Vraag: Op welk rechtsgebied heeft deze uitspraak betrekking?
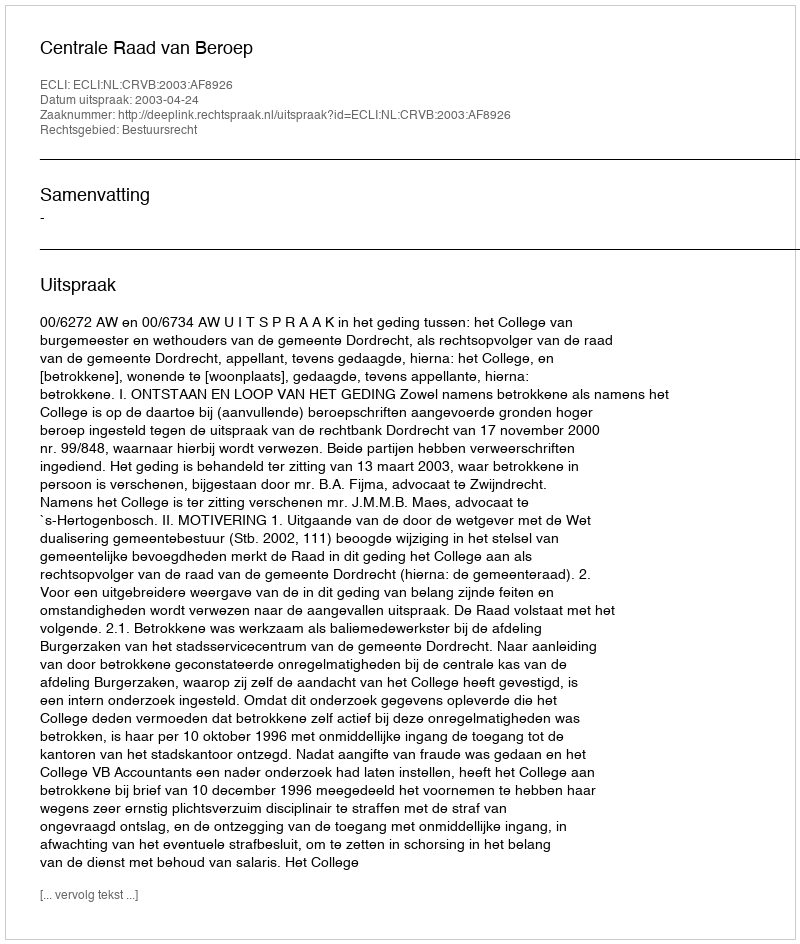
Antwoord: Bestuursrecht